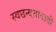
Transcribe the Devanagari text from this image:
स्वछन्दतावादी